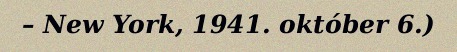
– New York, 1941. október 6.)